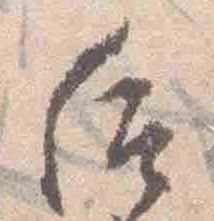
后